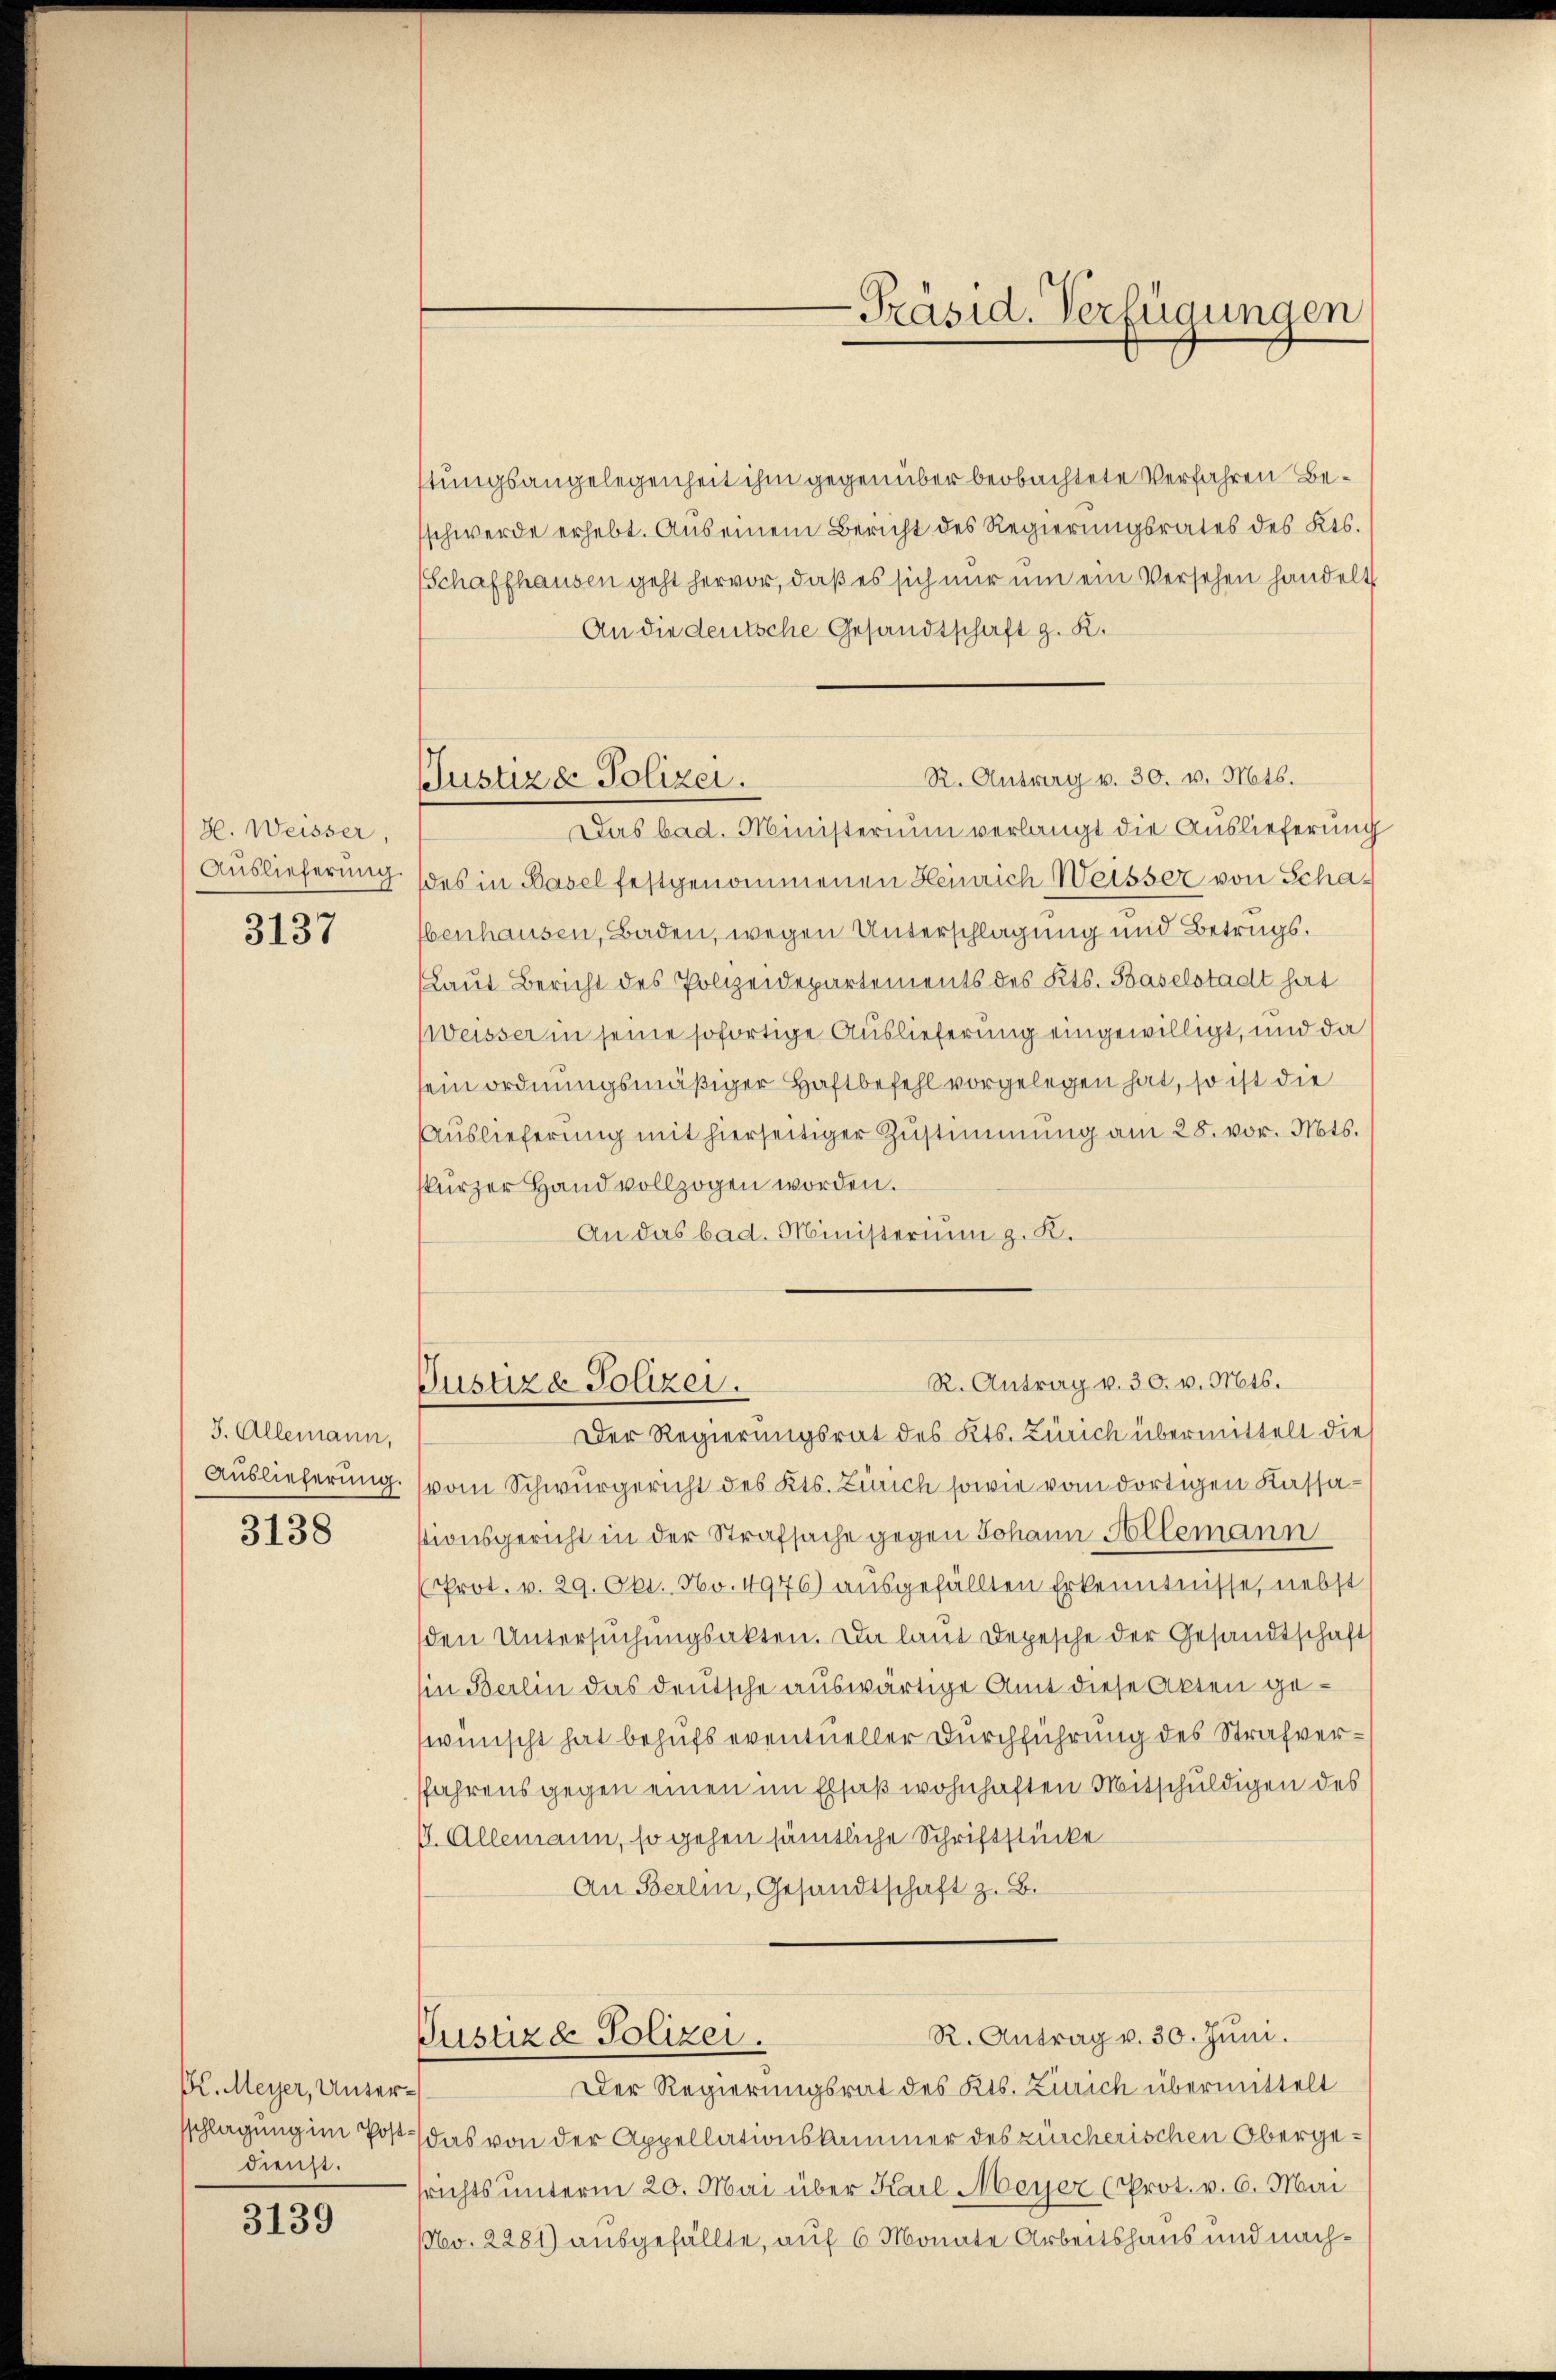
H. Weisser,
Auslieferung.

3137

J. Allemann,
3138

K. Meyer, Unterdienst.

3139

Justiz & Polizei.

stungsangelegenheit ihm gegenüber beobachtete Verfahren Beschwerde erhebt. Aus einem Bericht des Regierungsrates des Kts.
Schaffhausen geht hervor, daß es sich nur um ein Versehen handelt
An die deutsche Gesandtschaft z. K.
R. Ausweg v. 30. v. Mts.
Das bad. Ministerium verlangt die Auslieferung
des in Basel festgenommenen Heinrich Weisser von Scha¬
Ebenhausen, Baden, wegen Unterschlagung und Betrugs¬
(Laut Bericht des Polizeidepartements des Kts. Baselstadt hart
WWeisser in seine sofortige Auslieferung eingewilligt, und da
sein ordnungsmäßiger Haftbefehl vorgelegen hat, so ist die
Auslieferung mit hierseitiger Zustimmung am 28. vor. Mts.
kurzer Hand vollzogen worden.
An das bad. Ministerium z. K.

Der Regierungsrat des Kts. Zürich übermittelt die
Auslieferung. (vom Schwurgericht des Kts. Zürich sowie vom dortigen Kassastionsgericht in der Strafsache gegen Johann Allemann
(Prot. v. 29. Okt. No. 4976) ausgefällten Erkenntnisse, nebst
den Untersŭchŭngsakten. Da laut Depesche der Gesandtschaft
(in Berlin das deutsche auswärtige Amt diese Akten gewünscht hat behufs eventueller Durchführung des Strafversfahrens gegen einen im Elsaß wohnhaften Mitschuldigen des
I. Allemann, so gehen sämtliche Schriftstücke
An Berlin, Gesandtschaft z. B.

R. Antrag v. 30. v. Mts.
Justiz & Polizei.

Justiz & Polizei.

-Präsid. Verfügungen

Der Regierungsrat des Kts. Zürich übermittelt
sschlagung im Post, das von der Appellationskammer des zürcherischen Obergesrichts unterm 20. Mai über Karl Meyer (Prot. v. 6. Mai
No. 2281) ausgefällte, auf 6 Monate Arbeitshaus und nach¬

R. Antrag v. 30. Jŭni.